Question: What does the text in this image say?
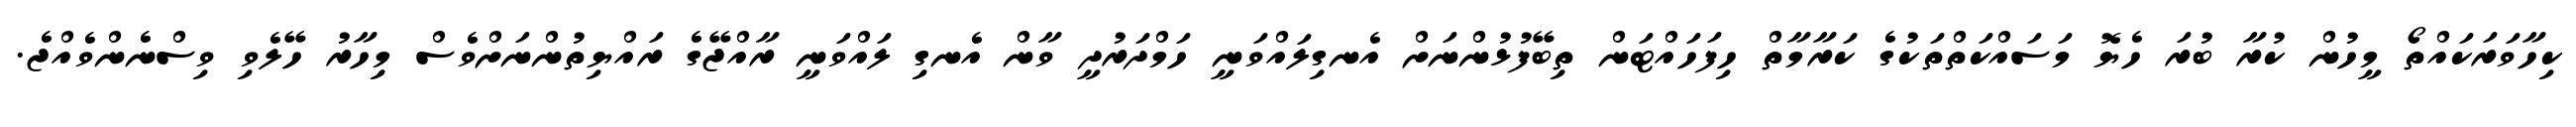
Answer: ކިހާވަރަކައްތޯ މީހުން ކުރާ ބުރަ ހެޔޮ މަސައްކަތްތަކުގެ ކަރާމާތް ހިފަހައްޓަން ތިބޭފުޅުންނަށް އެނގިލައްވަނީ ހަމްދަރުދީ ވާން އެނގި ލައްވަނީ ރާއްޖޭގެ ރައްޔިތުންނަށްވެސް މިހާރު ހޭލެވި ވިސްނެންވެއްޖެ.